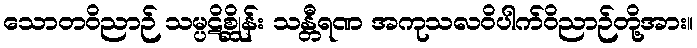
သောတဝိညာဉ် သမ္ပဋိစ္ဆိုန်း သန္တီရဏ အကုသလဝိပါက်ဝိညာဉ်တို့အား။